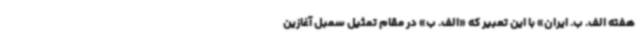
هفته الف. ب. ایران» با این تعبیر که «الف. ب» در مقام تمثیل سمبل آغازین